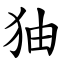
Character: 㹨